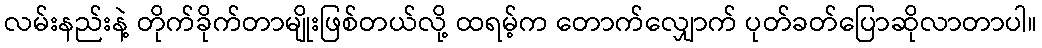
လမ်းနည်းနဲ့ တိုက်ခိုက်တာမျိုးဖြစ်တယ်လို့ ထရမ့်က တောက်လျှောက် ပုတ်ခတ်ပြောဆိုလာတာပါ။